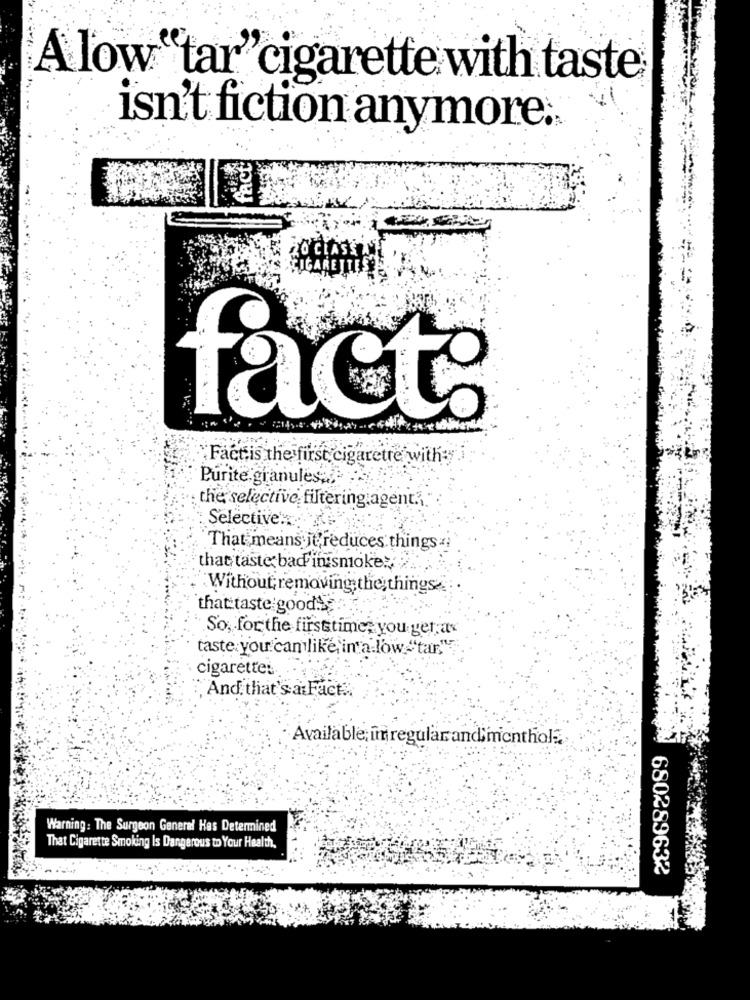
A low "tar"cigarette with taste
isn't fiction anymore ..
20 CLASSAT
CIGARETTES
fact:
Fact.is the first cigarette with:
Purite granules;
the selective filtering agent.
Selective:
That means jt reduces things
that taste bad in smoke:
Without; removing the things
that taste good$
So, forthe firsttime; you ger av
taste: you cam like in a low ""tar,"
cigarettes ..
And that's a Fact ..
Available; imregular and menthol ..
Warning: The Surgeon General Has Determined
That Cigarette Smoking Is Dangerous to Your Health.
680289632